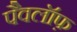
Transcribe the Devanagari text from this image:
पैवलॉफ़